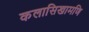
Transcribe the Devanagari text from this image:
कलासिखामणि